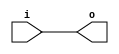
/* Generated by Yosys 0.27+9 (git sha1 101d19bb6, gcc 11.2.0-7ubuntu2 -fPIC -Os) */

(* top =  1  *)

module bsg_make_2D_array(i, o);
  
  input [159:0] i;
  wire [159:0] i;
  
  output [159:0] o;
  wire [159:0] o;
  assign o = i;
endmodule